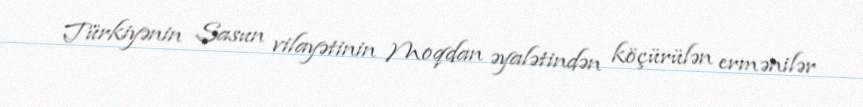
Türkiyənin Sasun vilayətinin Moqdan əyalətindən köçürülən ermənilər